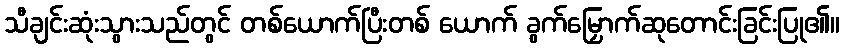
သီချင်းဆုံးသွားသည်တွင် တစ်ယောက်ပြီးတစ် ယောက် ခွက်မြှောက်ဆုတောင်းခြင်းပြု၏။